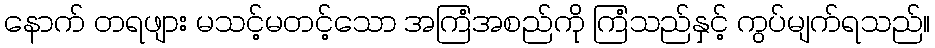
နောက် တရဖျား မသင့်မတင့်သော အကြံအစည်ကို ကြံသည်နှင့် ကွပ်မျက်ရသည်။